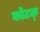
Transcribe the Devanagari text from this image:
कोटक्